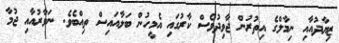
ޒިޔާދުއާއި ނިމާލްގެ އިތުރުން ޖާވިދުވެސް ކާރުގައި އެމީހުން ބަލާއައިސް ތިއްބެވެ. ނަވާރުއާއި ޖުމާ